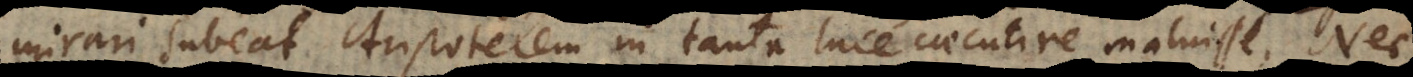
mirari subeat Aristotelem in tanta luce caecutire maluisse. Nec